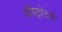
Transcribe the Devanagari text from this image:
ॲस्ट्रोटर्फ